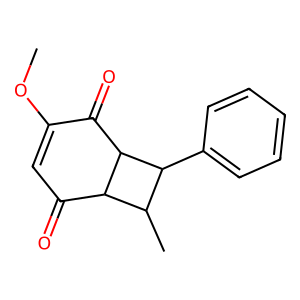
SMILES: COC1=CC(=O)C2C(C)C(c3ccccc3)C2C1=O
Inhibits HIV replication: No